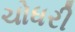
ચોધરી